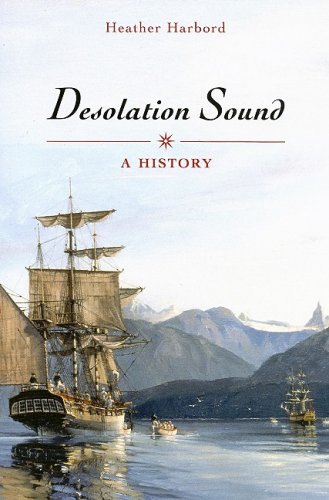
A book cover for Desolation Sound: A History; Heather Harbord; Biographies & Memoirs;